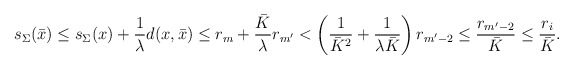
\begin{align*} s_\Sigma(\bar x) &\le s_\Sigma (x) + \frac{1}{\lambda} d(x,\bar x) \le r_m + \frac{\bar K}\lambda r_{m'} < \left(\frac 1{\bar K^2} + \frac 1{\lambda\bar K}\right) r_{m'-2}\le \frac{r_{m'-2}}{\bar K} \le \frac{r_i}{\bar K}.\end{align*}